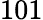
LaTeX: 101